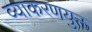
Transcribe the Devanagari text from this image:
व्याकरणयुक्त